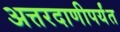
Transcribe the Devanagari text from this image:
अत्तरदाणीपर्यंत